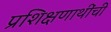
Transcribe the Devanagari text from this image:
प्रशिक्षणाथींची